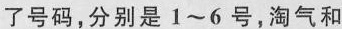
了号码，分别是1~6号，淘气和